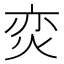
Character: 𭴢